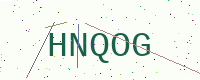
Text: HNQOG